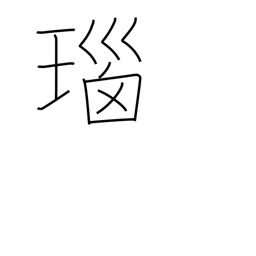
Meaning: onyx